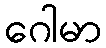
ဂေါမာ